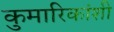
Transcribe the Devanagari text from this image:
कुमारिकांशी